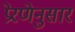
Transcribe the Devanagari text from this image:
प्रेरणेनुसार